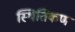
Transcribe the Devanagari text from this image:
स्थितिकण